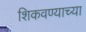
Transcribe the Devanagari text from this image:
शिकवण्याच्या